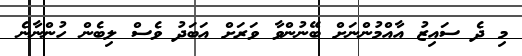
މި ދެ ސައިޒު އާއްމުންނަށް ބޭނުންވާ ވަރަށް އަބަދު ވެސް ލިބެން ހުންނާނެ